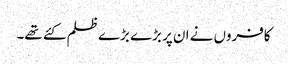
کافروں نے ان پر بڑے بڑے ظلم کئے تھے۔